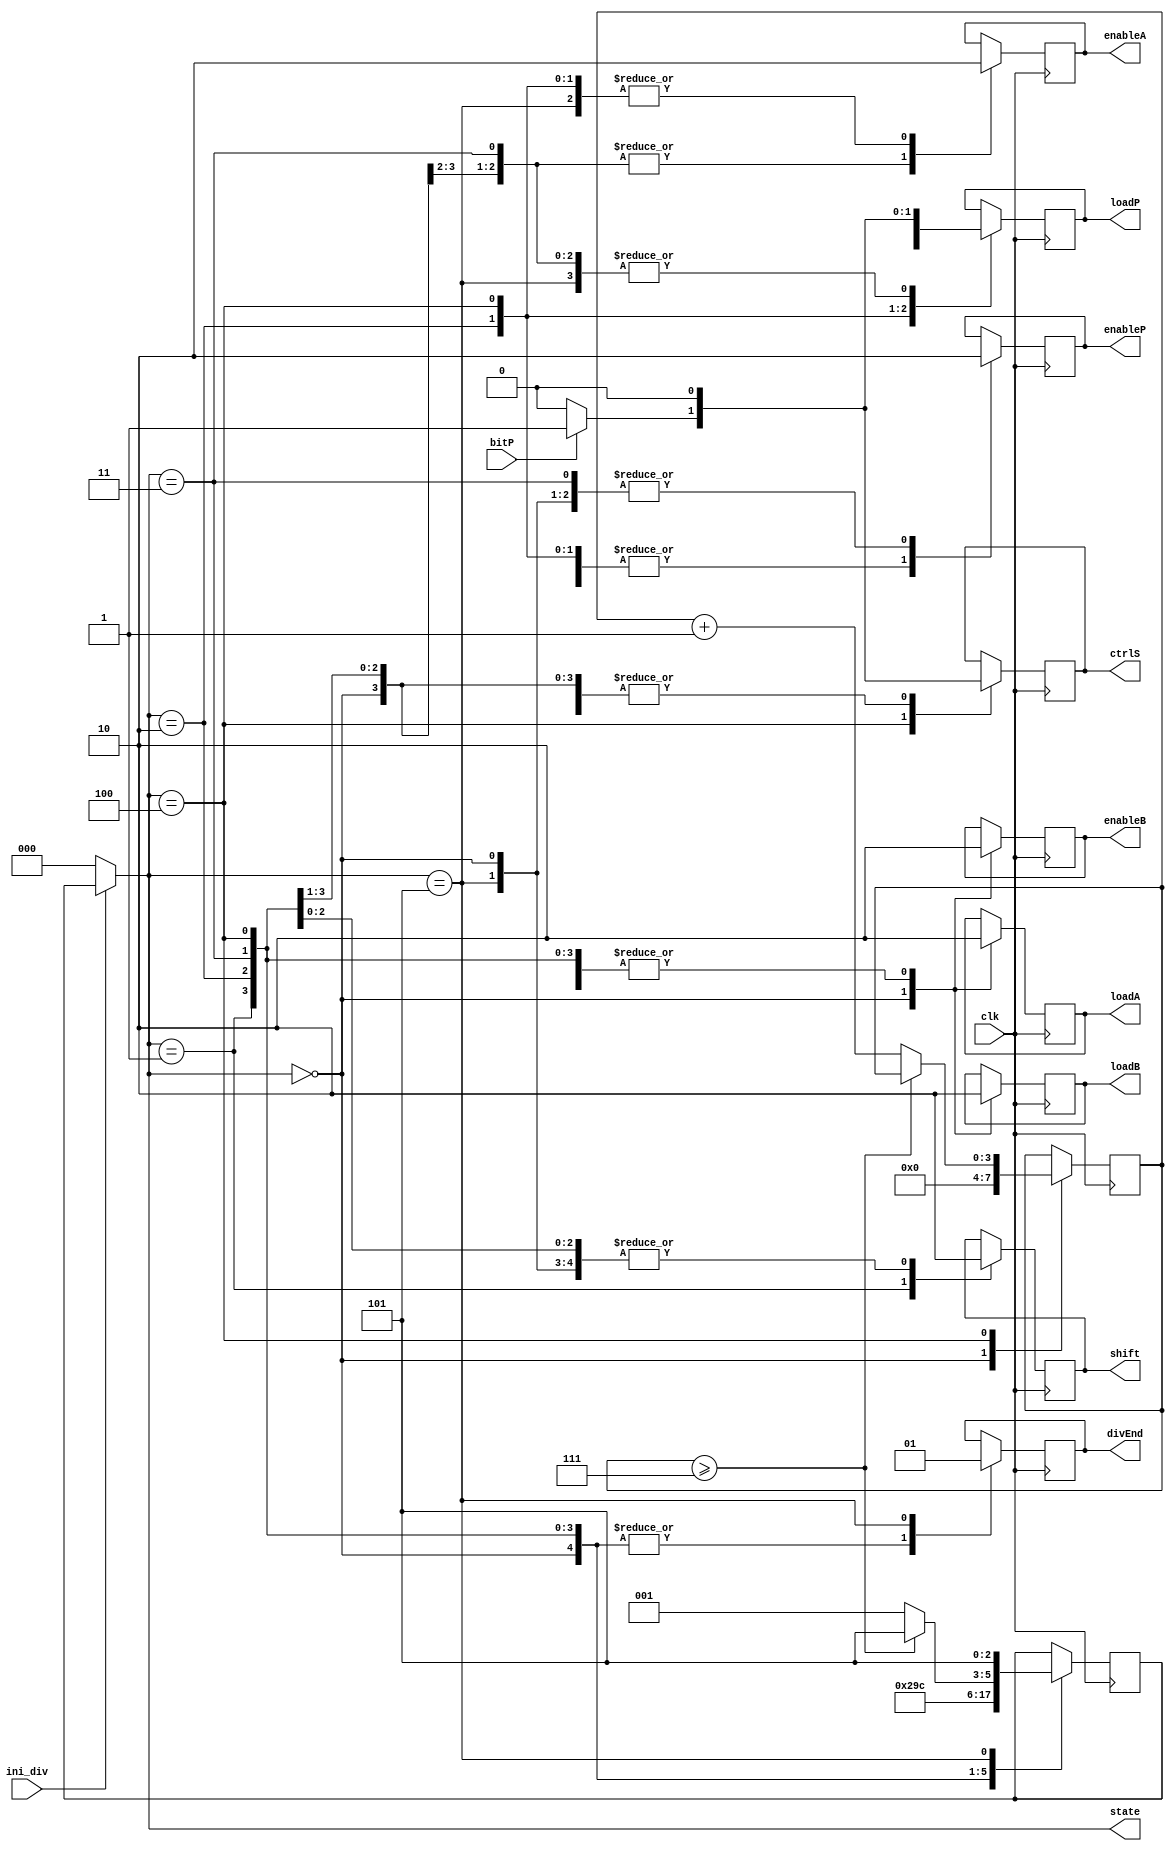
module divisorSM(ini_div, clk, bitP, loadA, loadB, loadP, enableA, enableB, enableP, shift, divEnd, ctrlS, state);

input clk, bitP, ini_div;
output reg loadA, loadB, loadP, enableA, enableB, enableP, shift, divEnd, ctrlS;
output [2:0]state;



reg [3:0] cont;
reg [2:0] now, next;
			
assign state = now;

parameter  Inicio = 3'b000, Desloca = 3'b001, Subtrai = 3'b010, EsqQuoc = 3'b011, Restaura = 3'b100, Fim = 3'b101 ;

always@ (negedge clk)
begin
case (now)
			Inicio : begin
			cont <= 4'b0000;
			next <= Desloca;
			end
			Desloca: next <= Subtrai;
			Subtrai: next <= EsqQuoc;
			EsqQuoc: next <= Restaura;
			Restaura: if (cont >= 7) 
			begin
				next <= Fim;
			end
			else begin
				 cont <= cont + 1'b1;
				 next <= Desloca;
		   end
			Fim: next <= Fim;
endcase
end

 
always@ (now)
begin
	if(ini_div)
	begin
		now <= next;
	end
	else 
	begin
		now <= Inicio;
	end
end
	
	
always @ (posedge clk)
begin
	case(now)
	
		Inicio: begin
				enableA <= 1'b1; 
				enableB <= 1'b1; 
				enableP <= 1'b0; 
				loadA <= 1'b1; 
				loadB <= 1'b1; 
				loadP <= 1'b0; 
				shift  <= 1'b0; 
				divEnd <= 1'b0;
				ctrlS <= 1'b0;
		end
				
		Desloca:	begin
				
				enableA <= 1'b1; 
				enableB <= 1'b0; 
				enableP <= 1'b1;
				loadA <= 1'b0; 
				loadB <= 1'b0; 
				loadP <= 1'b0; 
				shift  <= 1'b1; 
				divEnd <= 1'b0;
				ctrlS <= 1'b0;
		end
			
		Subtrai: begin
		
				enableA <= 1'b0; 
				enableB <= 1'b0; 
				enableP <= 1'b1;
				loadA <= 1'b0; 
				loadB <= 1'b0; 
				loadP <= 1'b1; 
				shift  <= 1'b0;
				divEnd <= 1'b0;
				ctrlS <= 1'b0;
			end
			
		EsqQuoc:	begin
				enableA <= 1'b1; 
				enableB <= 1'b0; 
				enableP <= 1'b0;
				loadA <= 1'b0; 
				loadB <= 1'b0; 
				loadP <= 1'b0;  
				shift  <= 1'b0;
				divEnd <= 1'b0;
				ctrlS <= 1'b0;
		end
				
		Restaura:	begin
				
				loadA <= 1'b0; 
				loadB <= 1'b0; 
				enableA <= 1'b0; 
				enableB <= 1'b0; 
				enableP <= 1'b1;
				shift  <= 1'b0;
				divEnd <= 1'b0;
				if(bitP == 1'b1)
				begin
					ctrlS <= 1'b1;
					loadP <= 1'b1;
				end	
				else
				begin
					ctrlS <= 1'b0;
					loadP <= 1'b0; 
				end
		end
				
		Fim: 	begin
				loadA <= 1'b0; 
				loadB <= 1'b0; 
				loadP <= 1'b0; 
				enableA <= 1'b0; 
				enableB <= 1'b0; 
				enableP <= 1'b0;
				shift  <= 1'b0;
				divEnd <= 1'b1;
				ctrlS <= 1'b0;
		end
	endcase
end

endmodule